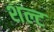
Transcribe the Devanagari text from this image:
शल्ट